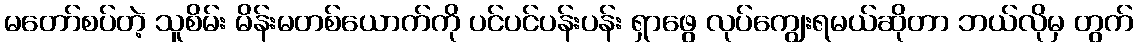
မတော်စပ်တဲ့ သူစိမ်း မိန်းမတစ်ယောက်ကို ပင်ပင်ပန်းပန်း ရှာဖွေ လုပ်ကျွေးရမယ်ဆိုတာ ဘယ်လိုမှ တွက်